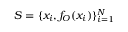
{ \cal { S } } = \{ x _ { i } , f _ { O } ( x _ { i } ) \} _ { i = 1 } ^ { N }